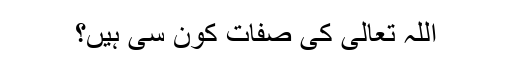
اللہ تعالیٰ کی صفات کون سی ہیں؟